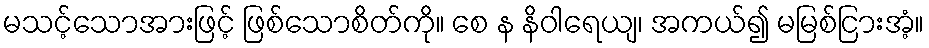
မသင့်သောအားဖြင့် ဖြစ်သောစိတ်ကို။ စေ န နိဝါရေယျ၊ အကယ်၍ မမြစ်ငြားအံ့။